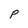
Character: p